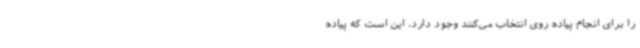
را برای انجام پیاده روی انتخاب می‌کنند وجود دارد، این است که پیاده